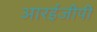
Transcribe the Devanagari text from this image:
आरईजीपी